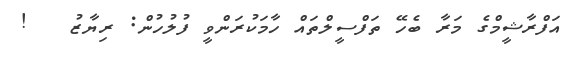
އަފްރާޝީމްގެ މަރާ ބެހޭ ތަފްސީލްތައް ހާމަކުރަންވީ ފުލުހުން: ރިޔާޒު   !